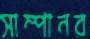
সাম্পানর